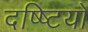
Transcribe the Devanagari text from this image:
दष्ष्टियों